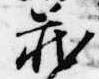
蔵